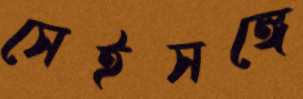
সেইসঙ্গে